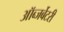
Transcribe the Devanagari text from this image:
ऑब्जर्बेटरी